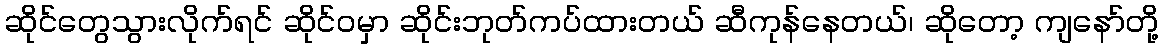
ဆိုင်တွေသွားလိုက်ရင် ဆိုင်ဝမှာ ဆိုင်းဘုတ်ကပ်ထားတယ် ဆီကုန်နေတယ်၊ ဆိုတော့ ကျနော်တို့